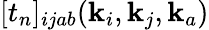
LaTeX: [t_{n}]_{ijab}(\mathbf{k}_{i},\mathbf{k}_{j},\mathbf{k}_{a})